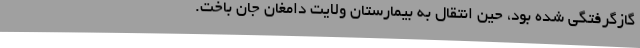
گازگرفتگی شده بود، حین انتقال به بیمارستان ولایت دامغان جان باخت.